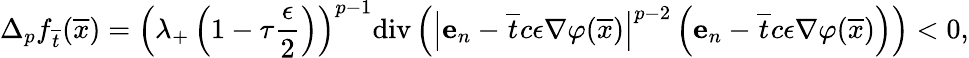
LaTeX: \Delta_{p}f_{\overline{{t}}}(\overline{{x}})=\left(\lambda_{+}\left(1-\tau\frac{\epsilon}{2}\right)\right)^{p-1}\mathrm{div}\left(\left|\textbf{e}_{n}-\overline{{t}}c\epsilon\nabla\varphi(\overline{{x}})\right|^{p-2}\left(\textbf{e}_{n}-\overline{{t}}c\epsilon\nabla\varphi(\overline{{x}})\right)\right)<0,